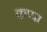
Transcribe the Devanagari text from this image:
कप्‍पा